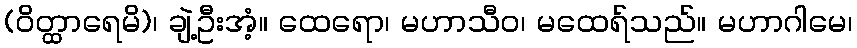
(ဝိတ္ထာရေမိ)၊ ချဲ့ဦးအံ့။ ထေရော၊ မဟာသီဝ၊ မထေရ်သည်။ မဟာဂါမေ၊